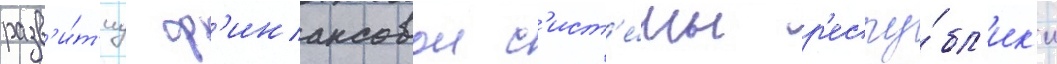
разв'и́т'иу ф'инансовои с'ист'е́мы р'еспу́бл'ик'и